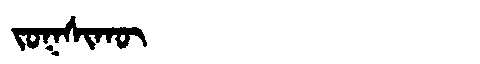
Manchu: ᠵᠣᡴᠰᡳᡴᡡ
Romanization: JOKSIKŪ